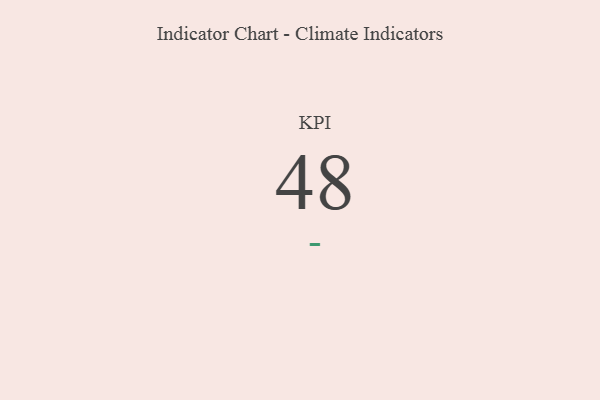
{"axis": {"x": "KPI", "y": "Value"}, "legend": [""], "data": [{"x": "KPI", "y": 48, "type": ""}]}